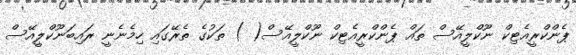
ޕެންކްރީއެޓިކް ނޫކްލީއޭސް ތައް ޕެންކްރީއެޓިކް ނޫކްލީއޭސް( ) ތަކުގެ ތެރޭގައި ހިމެނެނީ ރައިބަނޫކްލީއޭސް